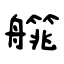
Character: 艞